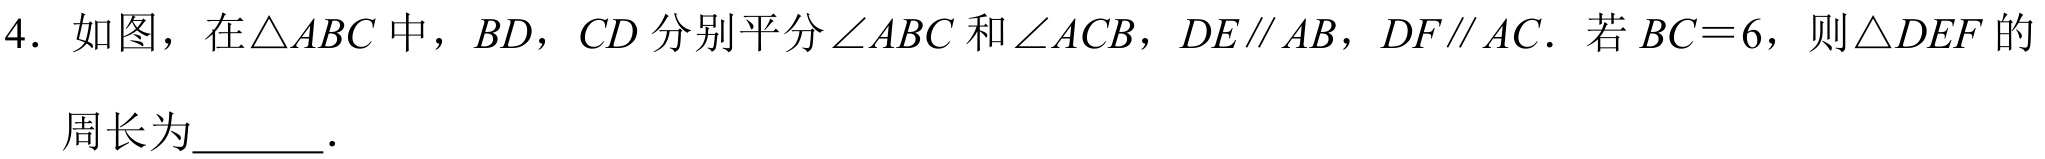
4. 如图，在$\triangle ABC$中，$BD$，$CD$分别平分$\angle ABC$和$\angle ACB$，$DE\parallel AB$，$DF\parallel AC$．若$BC = 6$，则$\triangle DEF$的
周长为  ．